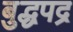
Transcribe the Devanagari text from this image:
बुद्धपद्र